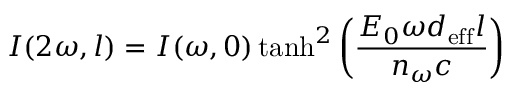
I ( 2 \omega , l ) = I ( \omega , 0 ) \operatorname { t a n h } ^ { 2 } { \left( { \frac { E _ { 0 } \omega d _ { \mathrm { e f f } } l } { n _ { \omega } c } } \right) }